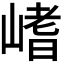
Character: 𡺸